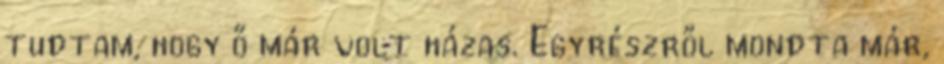
tudtam, hogy ő már volt házas. Egyrészről mondta már,